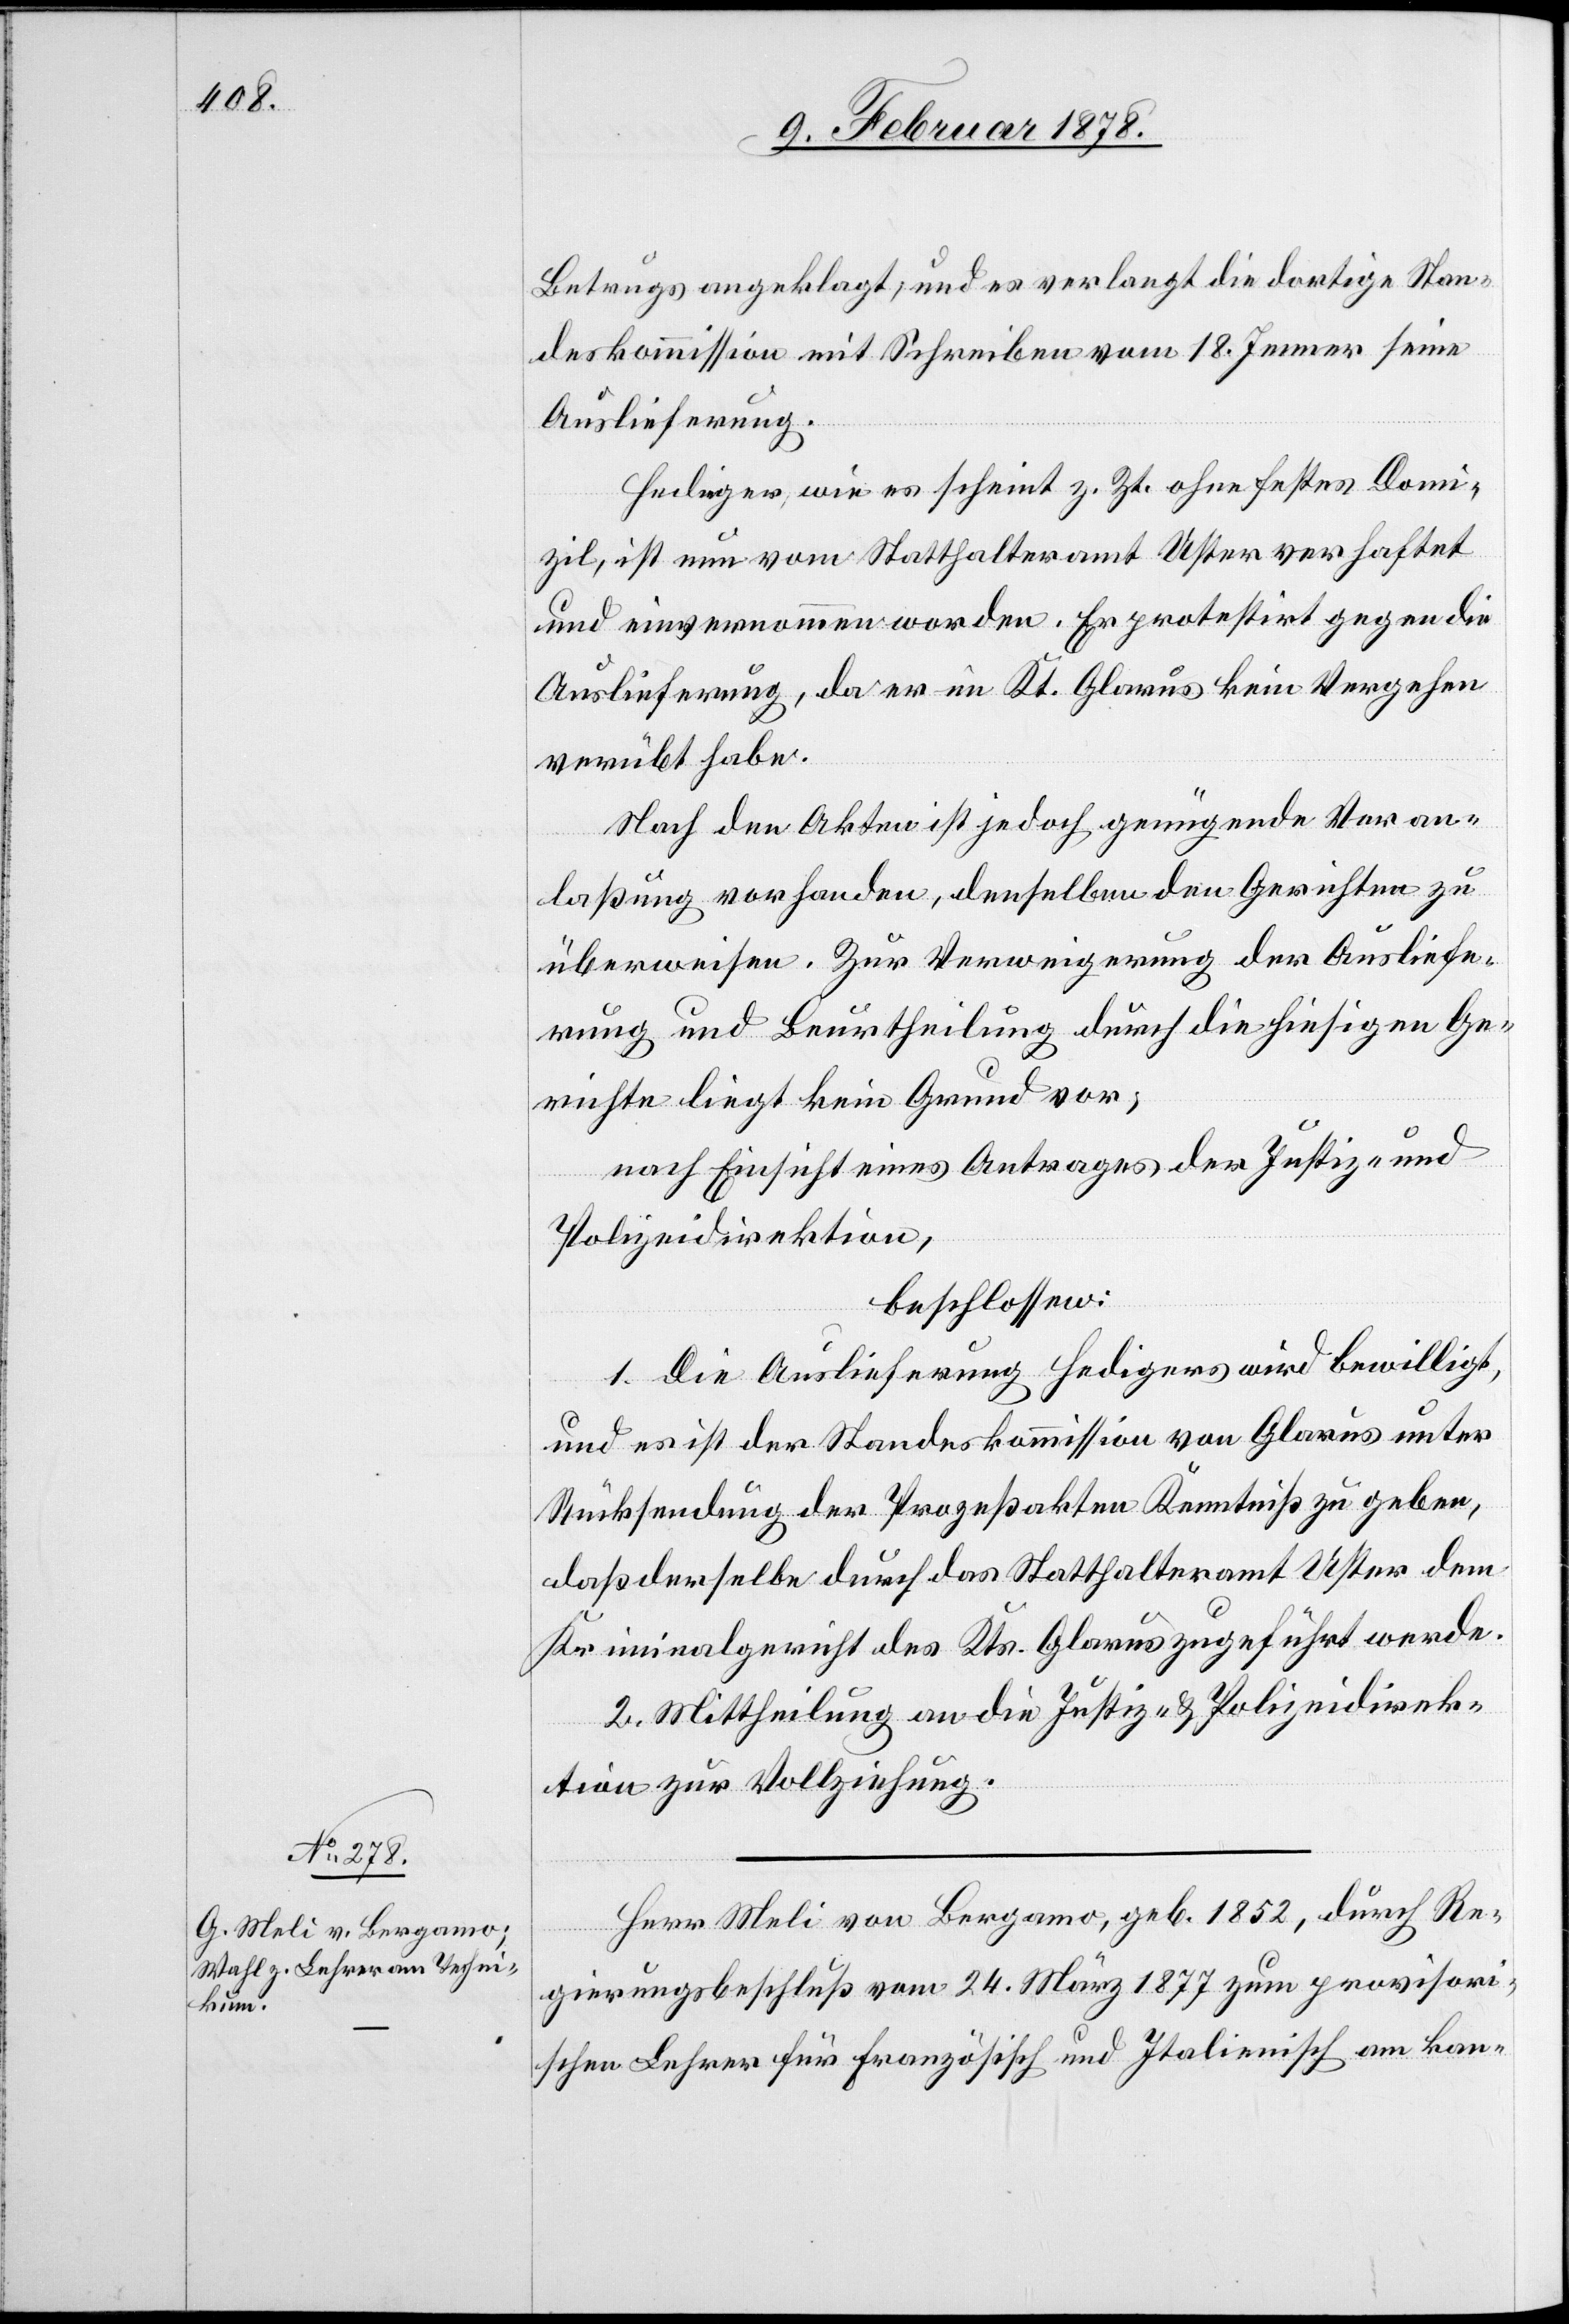
Betrugs angeklagt, und es verlangt die dortige Stan¬
deskommission mit Schreiben vom 18. Jenner seine
Auslieferung.
Hediger, wie es scheint z. Zt. ohne festes Domi¬
zil, ist nun vom Statthalteramt Uster verhaftet
und einvernommen worden. Er protestirt gegen die
Auslieferung, da er im Kt. Glarus kein Vergehen
verübt habe.
Nach den Akten ist jedoch genügende Veran¬
laßung vorhanden, denselben den Gerichten zu
überweisen. Zur Verweigerung der Ausliefe¬
rung und Beurtheilung durch die hiesigen Ge¬
richte liegt kein Grund vor;
nach Einsicht eines Antrages der Justiz- und
Polizeidirektion,
beschlossen:
1. Die Auslieferung Hedigers wird bewilligt,
und es ist der Standeskommission von Glarus unter
Rücksendung der Prozessakten Kenntniß zu geben,
daß derselbe durch das Statthalteramt Uster dem
Kriminalgericht des Kts. Glarus zugeführt werde.
2. Mittheilung an die Justiz- & Polizeidirek¬
tion zur Vollziehung.
Herr Meli von Bergamo, geb. 1852, durch Re¬
gierungsbeschluß vom 24. März 1877 zum provisori¬
schen Lehrer für französisch und Italienisch am kan-